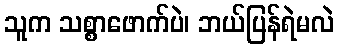
သူက သစ္စာဖောက်ပဲ၊ ဘယ်ပြန်ရဲမလဲ